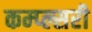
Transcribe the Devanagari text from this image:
कम्प्ल्सरी